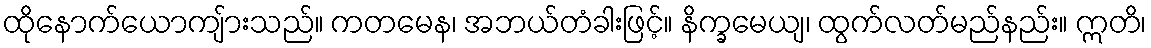
ထိုနောက်ယောကျ်ားသည်။ ကတမေန၊ အဘယ်တံခါးဖြင့်။ နိက္ခမေယျ၊ ထွက်လတ်မည်နည်း။ ဣတိ၊